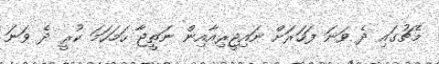
މެޗުގައި ދެ ވަނަ ފަހަރަށް ނައިޖީރިއާއިން ނަތީޖާ ހަމަހަމަ ކުރީ ދެ ވަނަ